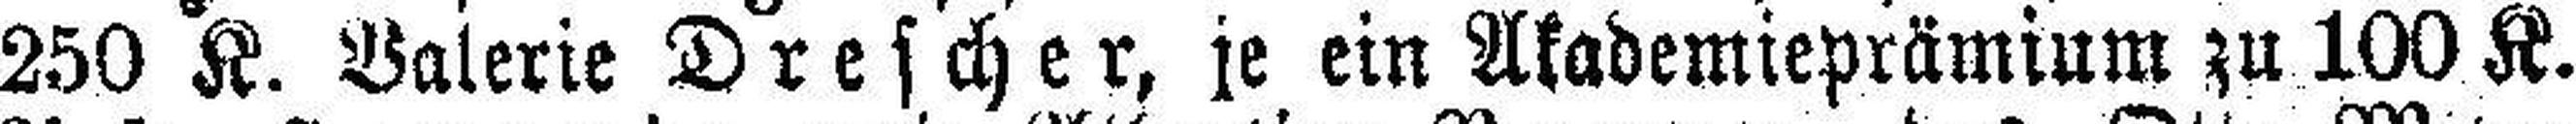
250 K. Valerie Drescher, je ein Akademieprämium zu 100 K.